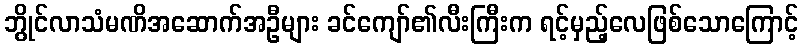
ဘွိုင်လာသံမဏိအဆောက်အဦများ ခင်ကျော်၏လီးကြီးက ရင့်မှည့်လေဖြစ်သောကြောင့်